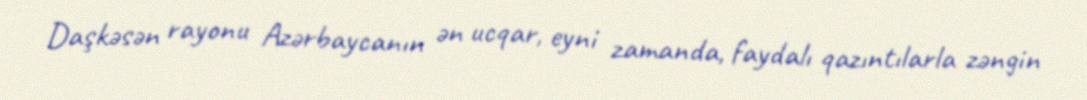
Daşkəsən rayonu Azərbaycanın ən ucqar, eyni zamanda, faydalı qazıntılarla zəngin